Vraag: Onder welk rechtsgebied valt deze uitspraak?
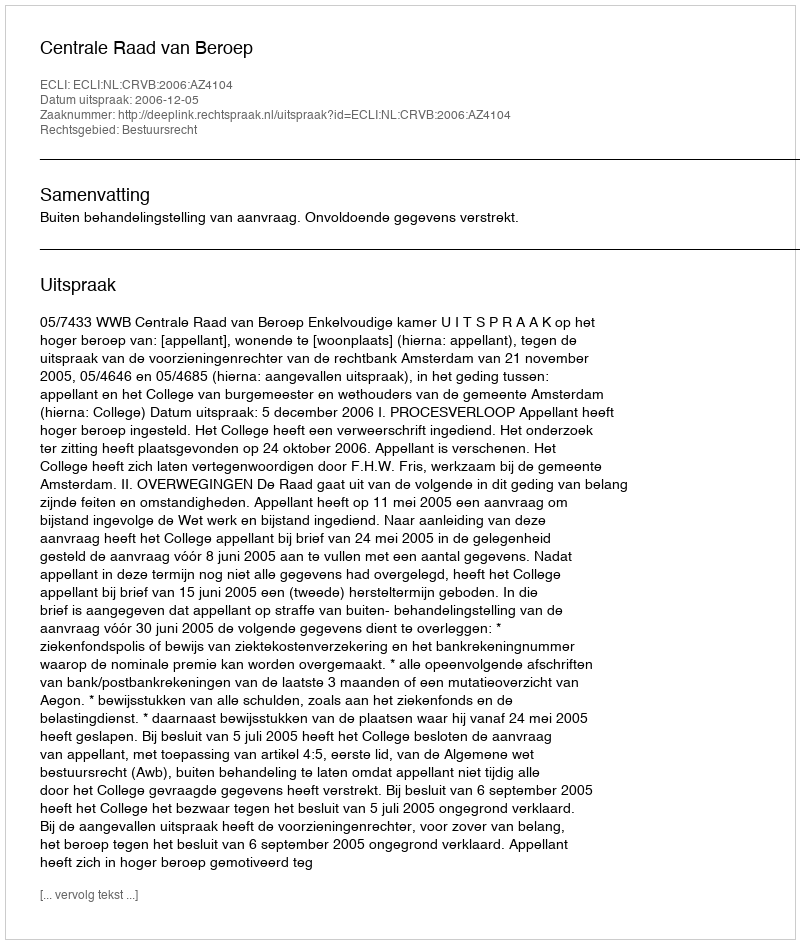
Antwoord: Bestuursrecht